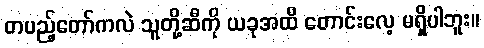
တပည့်တော်ကလဲ သူတို့ဆီကို ယခုအထိ တောင်းလေ့ မရှိပါဘူး။